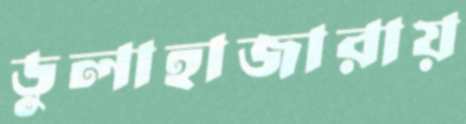
ডুলাহাজারায়